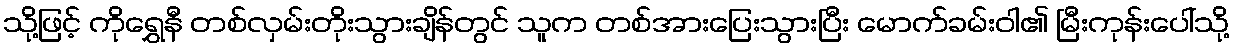
သို့ဖြင့် ကိုရွှေနီ တစ်လှမ်းတိုးသွားချိန်တွင် သူက တစ်အားပြေးသွားပြီး မောက်ခမ်းဝါ၏ မြီးကုန်းပေါ်သို့